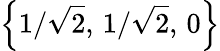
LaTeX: \left\lbrace{1}/{\sqrt{2}},\, {1}/{\sqrt{2}},\, 0\right\rbrace